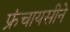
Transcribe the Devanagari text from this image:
फ्रंचायसीने